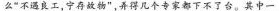
弄么“不遇良工，宁存故物”，弄得几个专家都下不了台，其中一